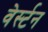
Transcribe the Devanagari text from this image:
वेर्स्‍टन